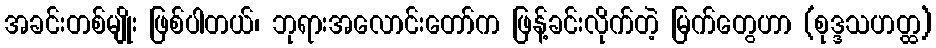
အခင်းတစ်မျိုး ဖြစ်ပါတယ်၊ ဘုရားအလောင်းတော်က ဖြန့်ခင်းလိုက်တဲ့ မြက်တွေဟာ (စုဒ္ဒသဟတ္ထ)